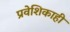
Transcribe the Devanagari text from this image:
प्रवेशिकाही